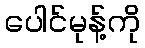
ပေါင်မုန့်ကို